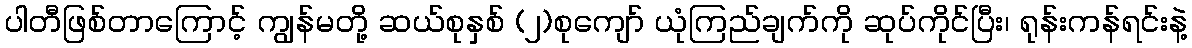
ပါတီဖြစ်တာကြောင့် ကျွန်မတို့ ဆယ်စုနှစ် (၂)စုကျော် ယုံကြည်ချက်ကို ဆုပ်ကိုင်ပြီး၊ ရုန်းကန်ရင်းနဲ့